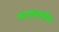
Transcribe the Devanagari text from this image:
महायुद्धापूर्वीची